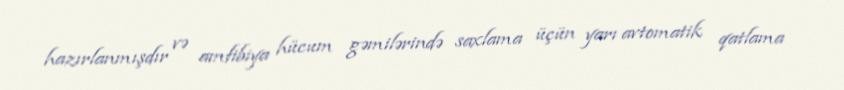
hazırlanmışdır və amfibiya hücum gəmilərində saxlama üçün yarı avtomatik qatlama